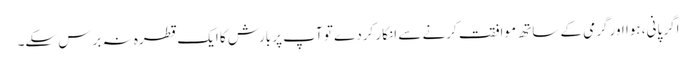
اگر پانی، ہوا اور گرمی کے ساتھ موافقت کرنے سے انکار کردے تو آپ پر بارش کا ایک قطرہ نہ برس سکے۔